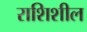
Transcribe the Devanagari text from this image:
राशिशील